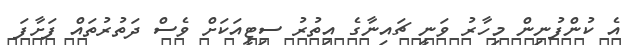
އެ ކުންފުނިން މިހާރު ވަނީ ޗައިނާގެ އިތުރު ސިޓީއަކަށް ވެސް ދަތުރުތައް ފަށާފަ